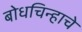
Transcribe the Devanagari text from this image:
बोधचिन्हाचे